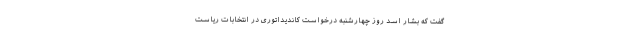
گفت که بشار اسد روز چهارشنبه درخواست کاندیداتوری در انتخابات ریاست